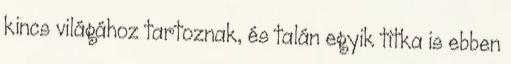
kincs világához tartoznak, és talán egyik titka is ebben